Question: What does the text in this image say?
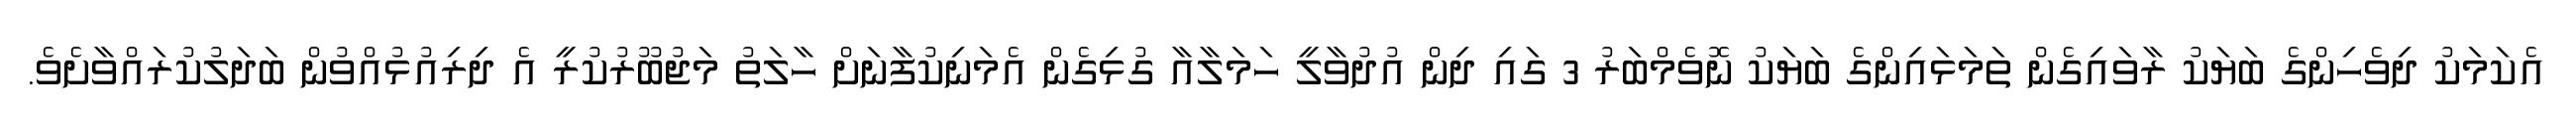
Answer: އެކަމަކު ދިވެހިންގެ ބަޔަކު ރާވައިގެން ތަމަޅައިންގެ ބަޔަކު ނޮވެމްބަރު 3 ގައި ދިން އުދުވާލީ ހަމަލާއާ ގުޅިގެން އެމަނިކުފާނަށް ހާލަތު މަޖުބޫރުކުރީ އެ ދިރިއުޅުއްވުން ބަދަލުކުރައްވާށެވެ.